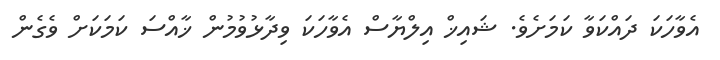
އެވާހަކަ ދައްކަވާ ކަމަށެވެ. ޝައިޚް އިލްޔާސް އެވާހަކަ ވިދާޅުވުމުން ޚާއްސަ ކަމަކަށް ވެގެން